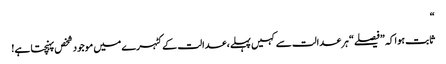
“
ثابت ہوا کہ ”فیصلے“ ہر عدالت سے کہیں پہلے، عدالت کے کٹہرے میں موجود شخص پہنچتا ہے!